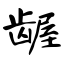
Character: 龌